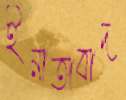
ইনাতাবাদ